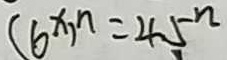
( 6 ^ { x } ) ^ { n } = 4 5 ^ { n }